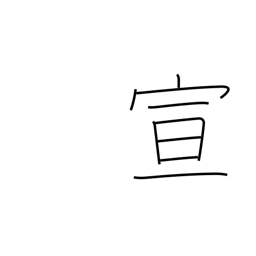
Meaning: announce